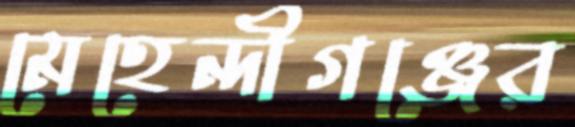
মেহেন্দীগঞ্জের